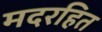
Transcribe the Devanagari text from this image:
मदरहित